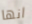
انها